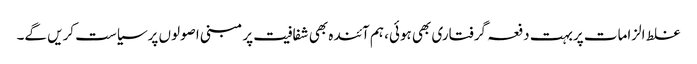
غلط الزامات پربہت دفعہ گرفتاری بھی ہوئی، ہم آئندہ بھی شفافیت پر مبنی اصولوں پرسیاست کریں گے۔